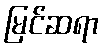
မြင်ဆရာ